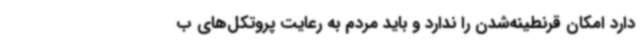
دارد امکان قرنطینه‌شدن را ندارد و باید مردم به رعایت پروتکل‌های ب